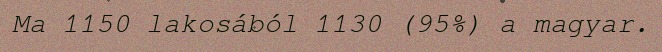
Ma 1150 lakosából 1130 (95%) a magyar.